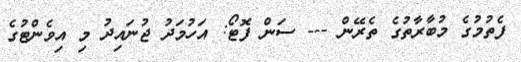
ފެތުމުގެ މުބާރާތުގެ ތެރޭން --- ސަން ފޮޓޯ: އަހުމަދު ޖުނައިދު މި އިވެންޓުގެ